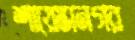
শায়েস্তানগর